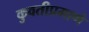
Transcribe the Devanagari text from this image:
कुवतीप्रमाणे